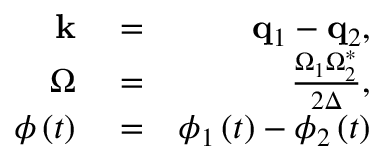
\begin{array} { r l r } { \mathbf { k } } & { { } = } & { \mathbf { q } _ { 1 } - \mathbf { q } _ { 2 } , } \\ { \Omega } & { { } = } & { \frac { \Omega _ { 1 } \Omega _ { 2 } ^ { \ast } } { 2 \Delta } , } \\ { \phi \left( t \right) } & { { } = } & { \phi _ { 1 } \left( t \right) - \phi _ { 2 } \left( t \right) } \end{array}